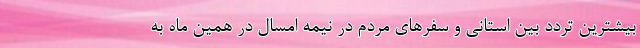
بیشترین تردد بین استانی و سفرهای مردم در نیمه امسال در همین ماه به